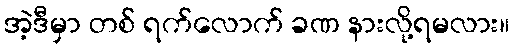
အဲ့ဒီမှာ တစ် ရက်လောက် ခဏ နားလို့ရမလား။